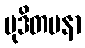
မုဒိတမနာ